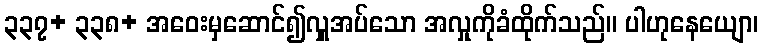
၃၃၇+ ၃၃၈+ အဝေးမှဆောင်၍လှူအပ်သော အလှုကိုခံထိုက်သည်။ ပါဟုနေယျော၊